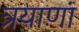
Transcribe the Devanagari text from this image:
त्रयाणां